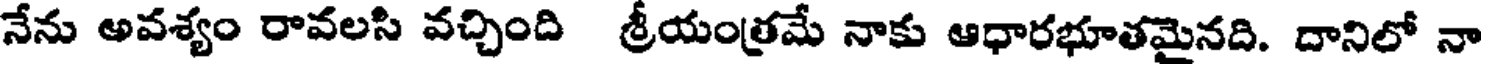
నేను అవశ్యం రావలసి వచ్చింది శ్రీయంత్రమే నాకు ఆధారభూతమైనది. దానిలో నా